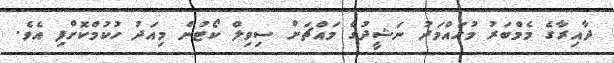
ދާއިރާގެ މެމްބަރު މުހައްމަދު ނަޝީދުގެ މައްޗަށް ސިވިލް ކޯޓުން މިއަދު ހުކުމްކޮށްފި އެވެ.